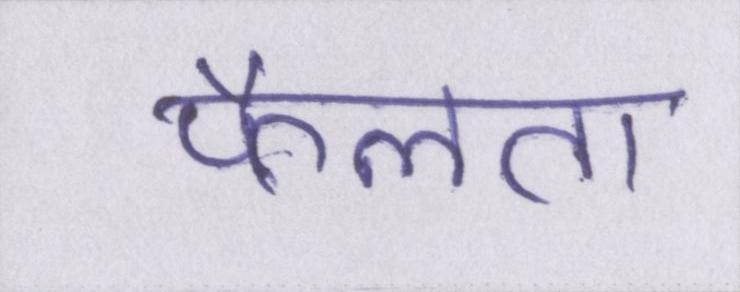
फैलता